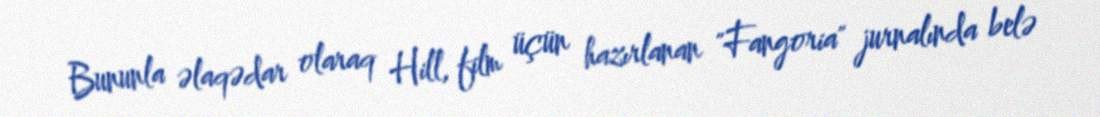
Bununla əlaqədar olaraq Hill, film üçün hazırlanan "Fangoria" jurnalında belə